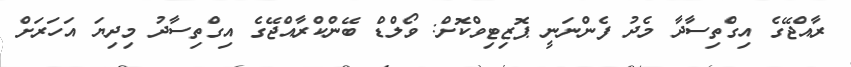
ރާއްޖޭގެ އިގްތިސާދާ މެދުުު ފެންނަނީ ޕޮޒިޓިވްކޮށް: ވޯލްޑް ބޭންކްރާއްޖޭގެ އިގްތިސާދު މިދިޔަ އަހަރަށް